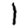
Digit: 1